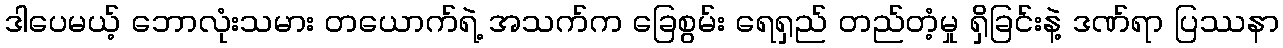
ဒါပေမယ့် ဘောလုံးသမား တယောက်ရဲ့ အသက်က ခြေစွမ်း ရေရှည် တည်တံ့မှု ရှိခြင်းနဲ့ ဒဏ်ရာ ပြဿနာ